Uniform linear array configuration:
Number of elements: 48
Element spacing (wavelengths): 0.75
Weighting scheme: binomial
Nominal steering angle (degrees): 60
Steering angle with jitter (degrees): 61.255
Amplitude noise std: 0.05
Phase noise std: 0.05

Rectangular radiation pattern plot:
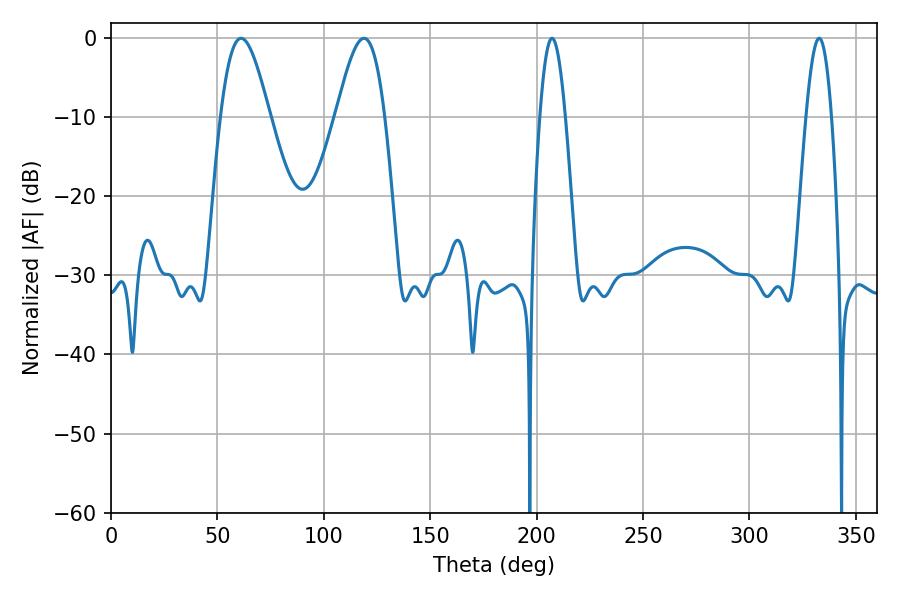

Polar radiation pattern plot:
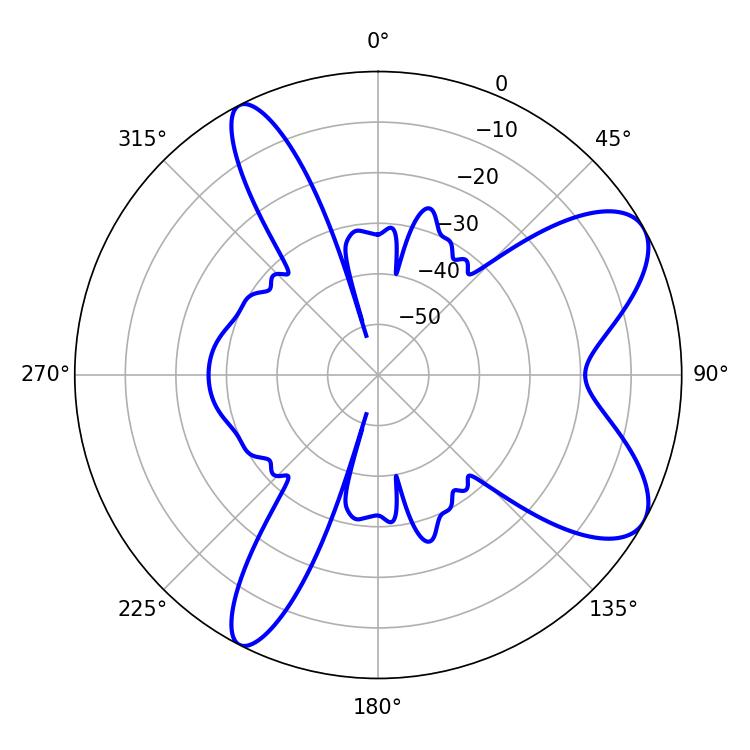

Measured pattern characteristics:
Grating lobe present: TRUE
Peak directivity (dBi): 8.114
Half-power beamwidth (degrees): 12.24
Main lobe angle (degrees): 61.2